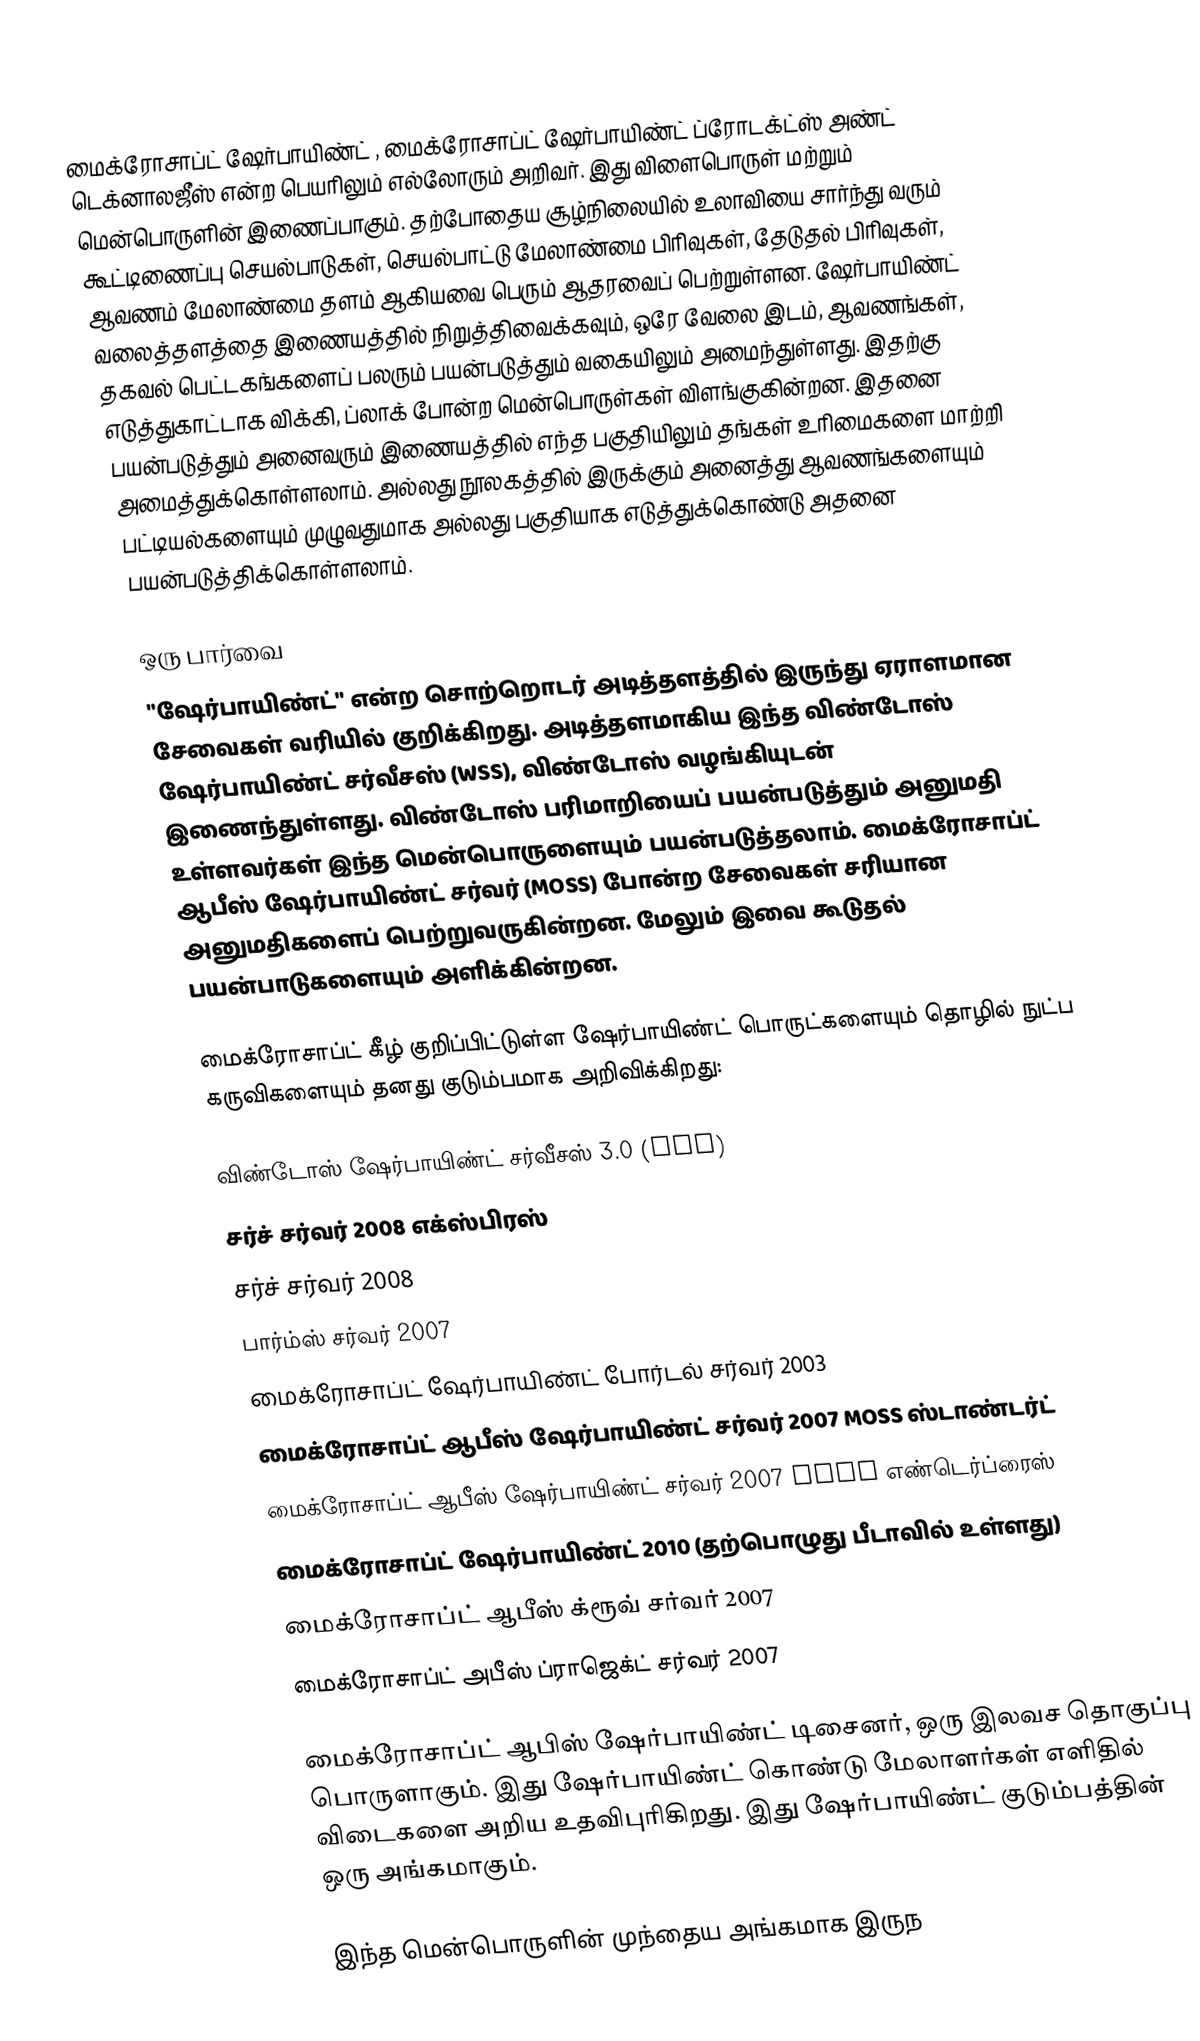
மைக்ரோசாப்ட் ஷேர்பாயிண்ட் , மைக்ரோசாப்ட் ஷேர்பாயிண்ட் ப்ரோடக்ட்ஸ் அண்ட் டெக்னாலஜீஸ் என்ற பெயரிலும் எல்லோரும் அறிவர். இது விளைபொருள் மற்றும் மென்பொருளின் இணைப்பாகும். தற்போதைய சூழ்நிலையில் உலாவியை சார்ந்து வரும் கூட்டிணைப்பு செயல்பாடுகள், செயல்பாட்டு மேலாண்மை பிரிவுகள், தேடுதல் பிரிவுகள், ஆவணம் மேலாண்மை தளம் ஆகியவை பெரும் ஆதரவைப் பெற்றுள்ளன. ஷேர்பாயிண்ட் வலைத்தளத்தை இணையத்தில் நிறுத்திவைக்கவும், ஒரே வேலை இடம், ஆவணங்கள், தகவல் பெட்டகங்களைப் பலரும் பயன்படுத்தும் வகையிலும் அமைந்துள்ளது. இதற்கு எடுத்துகாட்டாக விக்கி, ப்லாக் போன்ற மென்பொருள்கள் விளங்குகின்றன. இதனை பயன்படுத்தும் அனைவரும் இணையத்தில் எந்த பகுதியிலும் தங்கள் உரிமைகளை மாற்றி அமைத்துக்கொள்ளலாம். அல்லது நூலகத்தில் இருக்கும் அனைத்து ஆவணங்களையும் பட்டியல்களையும் முழுவதுமாக அல்லது பகுதியாக எடுத்துக்கொண்டு அதனை பயன்படுத்திக்கொள்ளலாம்.

ஒரு பார்வை
"ஷேர்பாயிண்ட்" என்ற சொற்றொடர் அடித்தளத்தில் இருந்து ஏராளமான சேவைகள் வரியில் குறிக்கிறது. அடித்தளமாகிய இந்த விண்டோஸ் ஷேர்பாயிண்ட் சர்வீசஸ் (WSS), விண்டோஸ் வழங்கியுடன் இணைந்துள்ளது. விண்டோஸ் பரிமாறியைப் பயன்படுத்தும் அனுமதி உள்ளவர்கள் இந்த மென்பொருளையும் பயன்படுத்தலாம். மைக்ரோசாப்ட் ஆபீஸ் ஷேர்பாயிண்ட் சர்வர் (MOSS) போன்ற சேவைகள் சரியான அனுமதிகளைப் பெற்றுவருகின்றன. மேலும் இவை கூடுதல் பயன்பாடுகளையும் அளிக்கின்றன.

மைக்ரோசாப்ட் கீழ் குறிப்பிட்டுள்ள ஷேர்பாயிண்ட் பொருட்களையும் தொழில் நுட்ப கருவிகளையும் தனது குடும்பமாக அறிவிக்கிறது:

 விண்டோஸ் ஷேர்பாயிண்ட் சர்வீசஸ் 3.0 (WSS)
 சர்ச் சர்வர் 2008 எக்ஸ்பிரஸ்
 சர்ச் சர்வர் 2008
 பார்ம்ஸ் சர்வர் 2007
 மைக்ரோசாப்ட் ஷேர்பாயிண்ட் போர்டல் சர்வர் 2003
 மைக்ரோசாப்ட் ஆபீஸ் ஷேர்பாயிண்ட் சர்வர் 2007 MOSS ஸ்டாண்டர்ட்
 மைக்ரோசாப்ட் ஆபீஸ் ஷேர்பாயிண்ட் சர்வர் 2007 MOSS எண்டெர்ப்ரைஸ்
 மைக்ரோசாப்ட் ஷேர்பாயிண்ட் 2010 (தற்பொழுது பீடாவில் உள்ளது)
 மைக்ரோசாப்ட் ஆபீஸ் க்ரூவ் சர்வர் 2007
 மைக்ரோசாப்ட் அபீஸ் ப்ராஜெக்ட் சர்வர் 2007

மைக்ரோசாப்ட் ஆபிஸ் ஷேர்பாயிண்ட் டிசைனர், ஒரு இலவச  தொகுப்பு பொருளாகும். இது ஷேர்பாயிண்ட் கொண்டு மேலாளர்கள் எளிதில் விடைகளை அறிய உதவிபுரிகிறது. இது ஷேர்பாயிண்ட் குடும்பத்தின் ஒரு அங்கமாகும்.

இந்த மென்பொருளின் முந்தைய அங்கமாக இருந